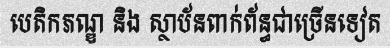
បេតិកភណ្ឌ និង ស្ថាប័នពាក់ព័ន្ធជាច្រើនទៀត